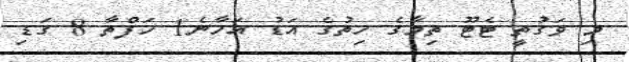
މި ވަގުތީ ޓެޓޫ ތިމާގެ ހިތުގެ އަޑު އަހާނެ1 ހަފްތާ 8 ގަޑި